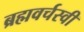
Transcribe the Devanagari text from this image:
ब्रह्मवर्चस्वी